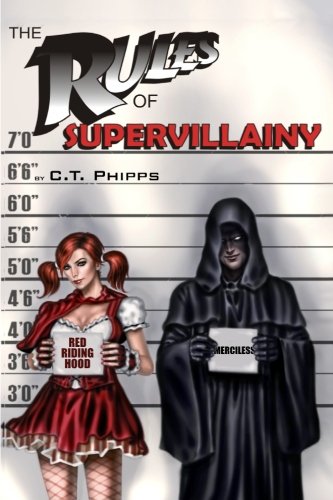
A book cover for The Rules of Supervillainy (The Supervillainy Saga) (Volume 1); C.T. Phipps; Science Fiction & Fantasy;